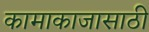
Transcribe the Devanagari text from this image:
कामाकाजासाठी